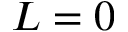
L = 0